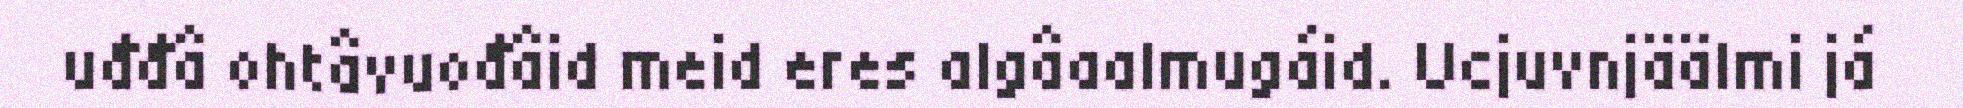
uđđâ ohtâvuođâid meid eres algâaalmugáid. Ucjuvnjäälmi já